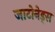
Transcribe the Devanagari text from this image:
जाटोनेड्स